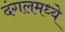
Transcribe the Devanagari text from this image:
दंगलमध्ये